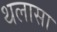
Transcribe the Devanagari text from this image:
थलासा